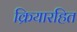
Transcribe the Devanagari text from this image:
क्रियारहित